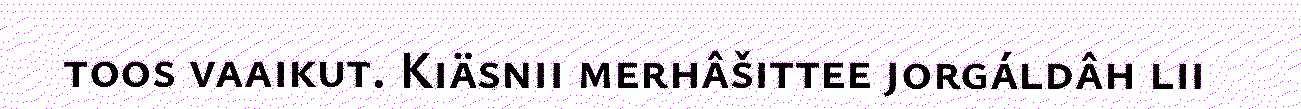
toos vaaikut. Kiäsnii merhâšittee jorgáldâh lii